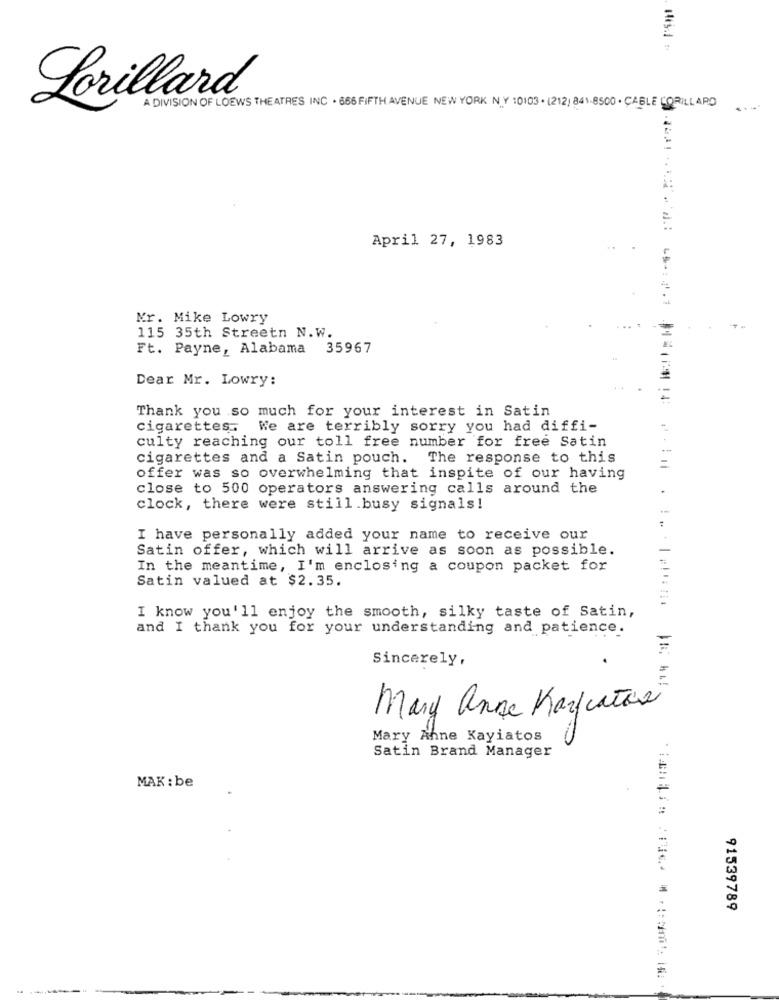
1413.1
Lorillard
A DIVISION OF LOEWS THE ATRES INC . 666 FIFTH AVENUE NEW YORK NY :0103 . (212) 841.8500 . CABLE CORILLARD
-.-
April 27, 1983
Mr. Mike Lowry
115 35th Streetn N.W.
Ft. Payne, Alabama 35967
Dear Mr. Lowry:
Thank you so much for your interest in Satin
cigarettes.
We are terribly sorry you had diffi-
culty reaching our toll free number for free Satin
cigarettes and a Satin pouch. The response to this
offer was so overwhelming that inspite of our having
close to 500 operators answering calls around the
clock, there were still.busy signals!
I have personally added your name to receive our
Satin offer, which will arrive as soon as possible.
In the meantime, I'm enclosing a coupon packet for
Satin valued at $2.35.
I know you'll enjoy the smooth, silky taste of Satin,
and I thank you for your understanding and patience.
F
Sincerely,
Mary anne Karfatos
Mary Anne Kayiatos
Satin Brand Manager
MAK : be
91539789